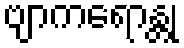
ဗျာကရောန္တု